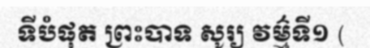
ទីបំផុត ព្រះបាទ សូរ្យ វម៌្មទី១ (